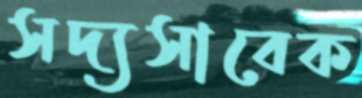
সদ্যসাবেক